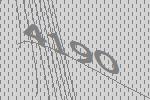
4190